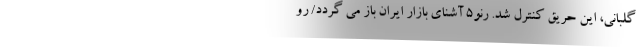
گلبانی، این حریق کنترل شد. رنو5 آشنای بازار ایران باز می گردد/ رو